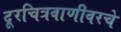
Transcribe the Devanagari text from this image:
दूरचित्रवाणीवरचे